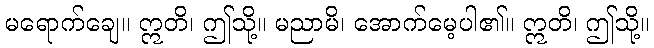
မရောက်ချေ။ ဣတိ၊ ဤသို့။ မညာမိ၊ အောက်မေ့ပါ၏။ ဣတိ၊ ဤသို့။